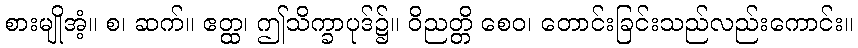
စားမျိုအံ့။ စ၊ ဆက်။ ဧတ္ထ၊ ဤသိက္ခာပုဒ်၌။ ဝိညတ္တိ စေဝ၊ တောင်းခြင်းသည်လည်းကောင်း။